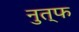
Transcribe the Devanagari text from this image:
नुत्फ